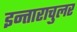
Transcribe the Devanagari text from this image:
इन्ताराचुलर